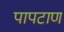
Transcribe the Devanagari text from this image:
पापटाण